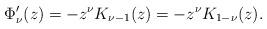
LaTeX: \begin{align*}\Phi_\nu'(z) = - z^\nu K_{\nu -1}(z) = - z^\nu K_{1-\nu}(z).\end{align*}